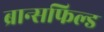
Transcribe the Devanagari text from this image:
ब्रान्सफिल्ड